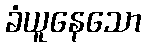
ခံယူနေသော